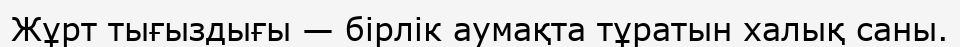
Жұрт тығыздығы — бірлік аумақта тұратын халық саны.